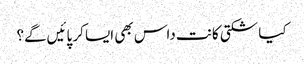
کیا شکتی کانت داس بھی ایسا کر پائیں‌گے؟